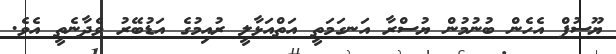
ޔޫސުފް އެހެން ބުނުމުން ޔުސްރާ އަނގަމަތީ އަތްއަޅާލީ ރުއިމުގެ އަޑުބޭރު ވެދާނެތީ އެވެ.